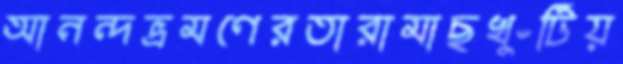
আনন্দভ্রমণেরতারামাছখুঁটিয়